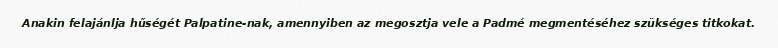
Anakin felajánlja hűségét Palpatine-nak, amennyiben az megosztja vele a Padmé megmentéséhez szükséges titkokat.